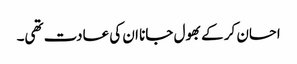
احسان کر کے بھول جانا ان کی عادت تھی۔